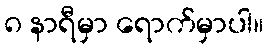
၈ နာရီမှာ ရောက်မှာပါ။